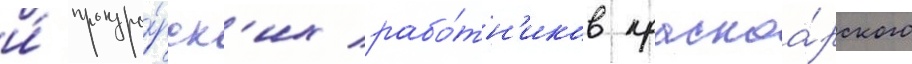
и́ прокуро́рск'их рабо́тн'иков красноа́рского